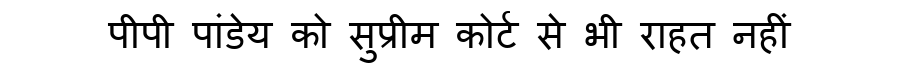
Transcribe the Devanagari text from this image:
पीपी पांडेय को सुप्रीम कोर्ट से भी राहत नहीं